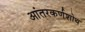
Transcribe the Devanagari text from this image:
आंतरकर्णशोथ